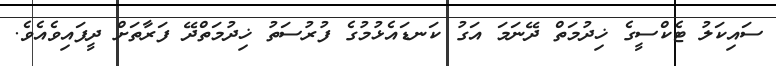
ސައިކަލު ޓެކްސީގެ ޚިދުމަތް ދޭނަމަ އަގު ކަނޑައެޅުމުގެ ފުރުސަތު ޚިދުމަތްދޭ ފަރާތަށް ދީފައިވެއެވެ.